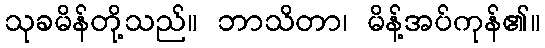
သုခမိန်တို့သည်။ ဘာသိတာ၊ မိန့်အပ်ကုန်၏။